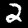
Label: 2